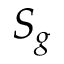
S _ { g }